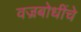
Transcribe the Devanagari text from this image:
वज्रबोधींचे